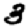
Digit: 3